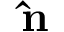
\mathbf { \hat { n } } \,